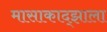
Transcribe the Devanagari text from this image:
मासाकाद्झाला